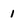
Character: 1